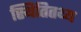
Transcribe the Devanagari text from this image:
स्थितितथ्य